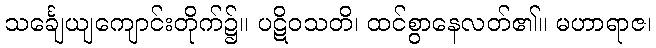
သင်္ချေယျကျောင်းတိုက်၌။ ပဋိဝသတိ၊ ထင်စွာနေလတ်၏။ မဟာရာဇ၊